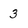
Character: 3